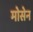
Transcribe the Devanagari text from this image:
मोसेन